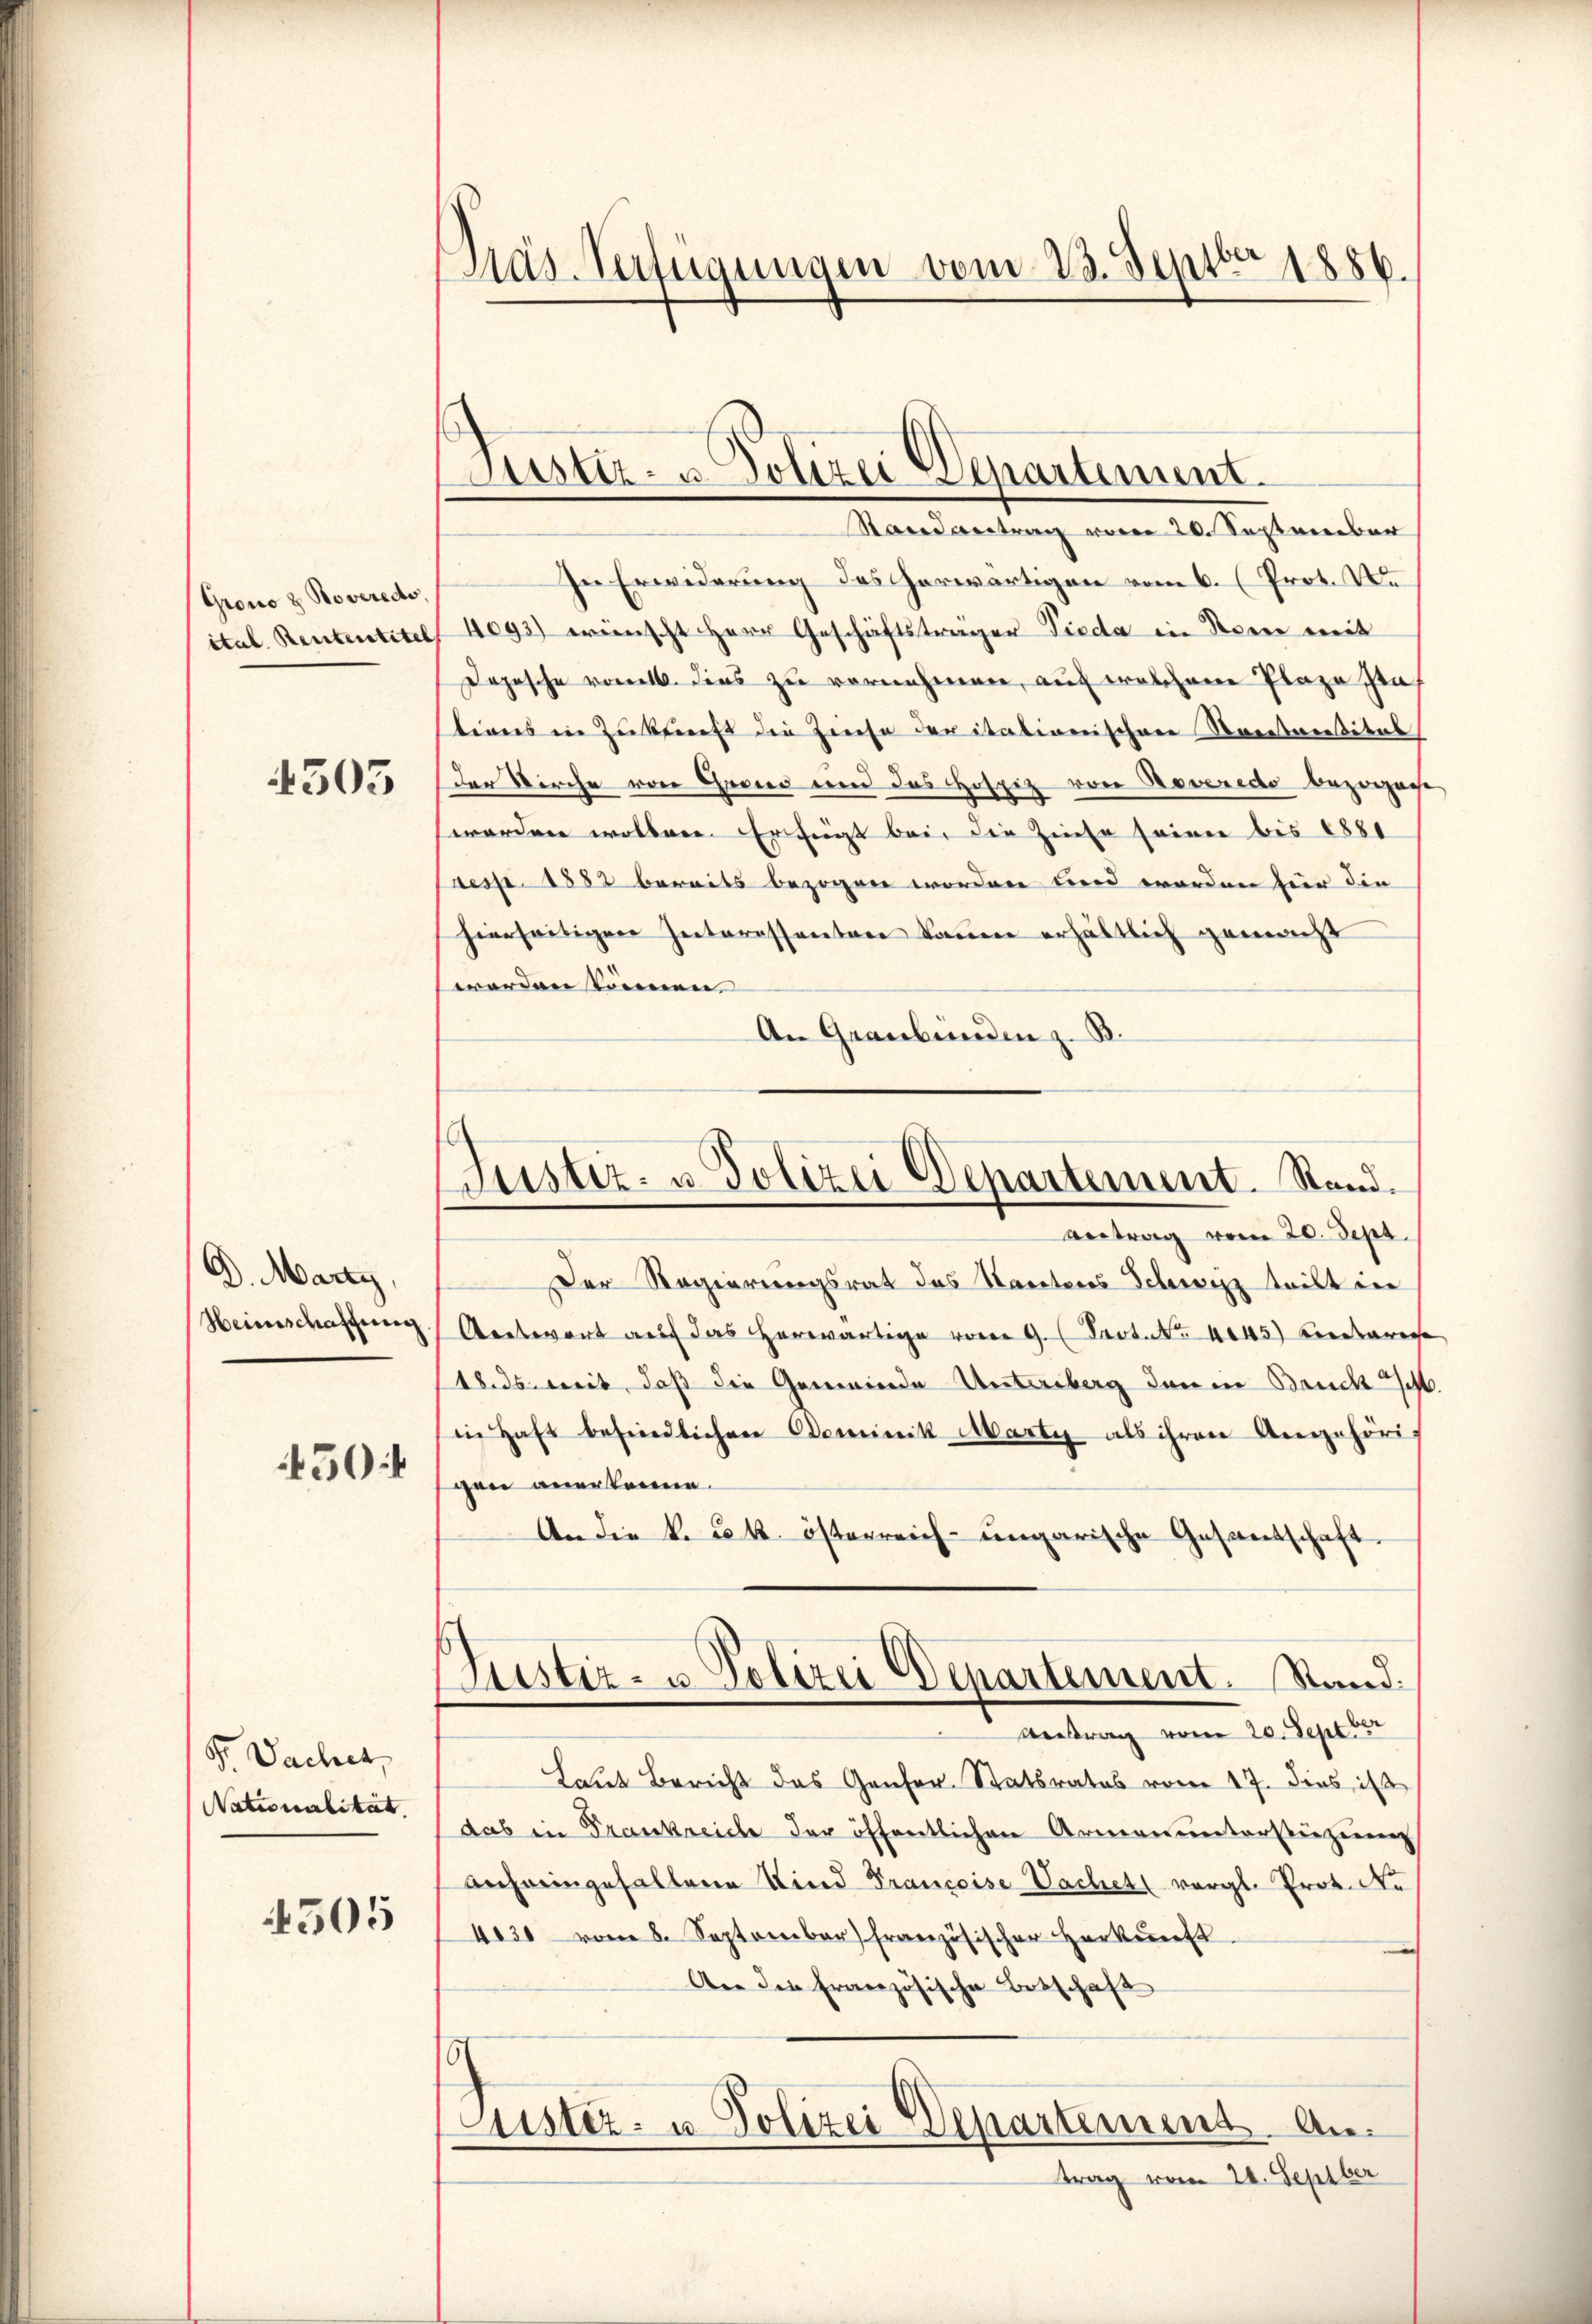
Grono & Roveredo
ital. Rententitel

4503

D. Marty,
Heimschaffung
50

Sr. Dachet,
Nationalität.

4505

Präs. Verfügungen vom 23. Sept. 1886.

Stand vertrag von 20. September
In Erwiderung des herwärtigen vom 6. (Prot. Vor
4ogs) wünscht Herr Geschäftsträger Tieda in Stern mit
Dopische vonett. dies zu vornehmen, auch welchene Plaze gen
tions in Zukunft die Zinse der itationischen Rectorisital
der Kirche von Grand und das Hospiz von Reveredo bezogene
worden wollen. Erfeigt bei, die Zinse seiner bis 8881
Caesp. 1882 bereits bezogen worden und worden für die
hierseitigen Interessanten kann erhältlich gemacht
werden können |
An Graubünden z. B.

Justiz- u. Polizei Departement.

Justiz- u. Polizei Departement. Stand.

Bustiz- u. Polizei Departement. Stand:

antrag vom 20. Sept.
Der Regierungsrat das Stanteres Schwarz teilt in
Aentwort auf das erwärtige vom 9. (Fact. No. 4045) bedar
18. ds. weit, daß die Gemeinde Unterberg den in Bruck
in Haft befindlichen Dominik Martig als ihren Angehöri-
gen anerkenne.
An die k. k. österreich-ungarische Gesantschaft
Antrag vom 20. Sept ver
Laut Bericht das Genfer Statsrates vom 17. dies ist
das in Frankreich der öffentlichen Armenunterstüzung
anferingefallene Kind Francoise Sachet vergl. Prot. Ne
4030 vom 8. September französischer Herkunft
An die Französische Ortschaft
5
Lister- u. Polizei Departement. Antrag vom 24. Septber